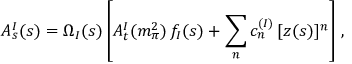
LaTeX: A _ { s } ^ { I } ( s ) = \Omega _ { I } ( s ) \left[ A _ { t } ^ { I } ( m _ { \pi } ^ { 2 } ) \, f _ { I } ( s ) + \sum _ { n } c _ { n } ^ { ( I ) } \, [ z ( s ) ] ^ { n } \right] \, ,